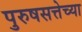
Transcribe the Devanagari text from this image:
पुरुषसत्तेच्या